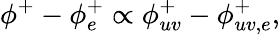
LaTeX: \phi^{+}-\phi_{e}^{+}\propto\phi_{uv}^{+}-\phi_{uv,e}^{+},